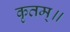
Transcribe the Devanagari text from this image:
कृतम्॥